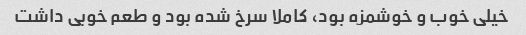
خیلی خوب و خوشمزه بود، کاملا سرخ شده بود و طعم خوبی داشت